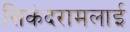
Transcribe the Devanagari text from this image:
सिकंदरामलाई